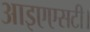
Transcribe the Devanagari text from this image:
आइएएसटी।